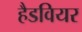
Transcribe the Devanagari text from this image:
हैडवियर